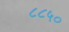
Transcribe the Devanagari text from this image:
८८५०